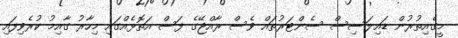
މީގެއިތުރުން ޑައިލަސިސް ސެންޓަރުތައް ވެސް ރާއްޖޭގެ ފަސް އަތޮޅެއްގައި މިހާރު ގާއިމު ކުރެވިފައި